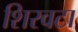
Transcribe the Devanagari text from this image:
शिरवटा